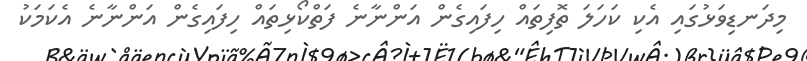
މިދަނޑިވަޅުގައި އެކި ކަހަލަ ތޮފިތައް ހިފައިގެން އަންނާނެ ފަތްކޯޅިތައް ހިފައިގެން އަންނާނެ އެކަމަކު